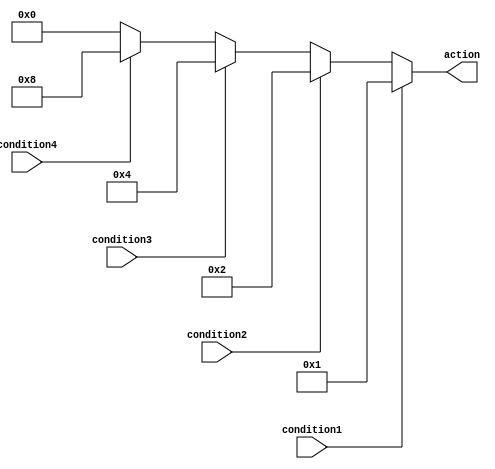
module multiple_if_else_block (
    input wire condition1,
    input wire condition2,
    input wire condition3,
    input wire condition4,
    output reg [3:0] action
);

always @* begin
    if (condition1) begin
        action <= 4'b0001;
    end else if (condition2) begin
        action <= 4'b0010;
    end else if (condition3) begin
        action <= 4'b0100;
    end else if (condition4) begin
        action <= 4'b1000;
    end else begin
        action <= 4'b0000; // Default case
    end
end

endmodule